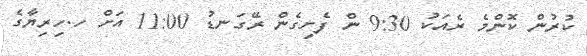
ކުރުން ކޮންމެ ރެއަކު 9:30 ން ފެށިގެން ރޭގަނޑު 11:00 އަށް ހ.ހިރިޔާގެ